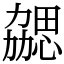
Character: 勰